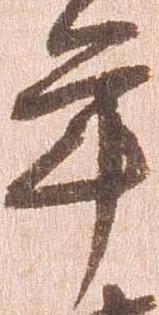
年